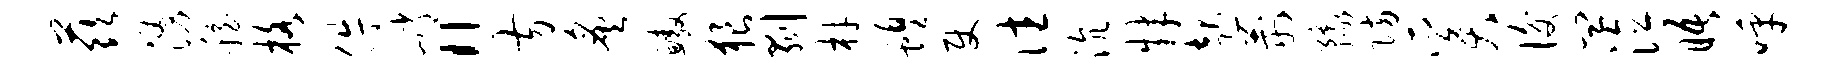
兹涌稳格件峭“方炙鳌狼剥材蝗使往沆肄起荆豫防奚后皿泣晤呼